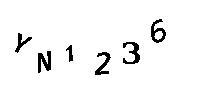
YN1236